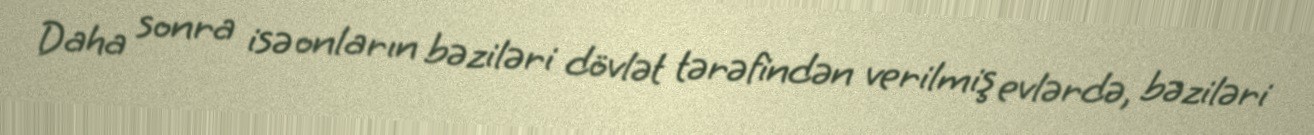
Daha sonra isə onların bəziləri dövlət tərəfindən verilmiş evlərdə, bəziləri